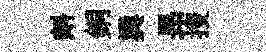
㪺銅巽昻搜